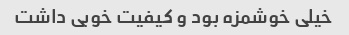
خیلی خوشمزه بود و کیفیت خوبی داشت